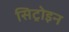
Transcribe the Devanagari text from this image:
सिट्रोइन